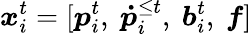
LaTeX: \boldsymbol{x}_{i}^{t}=[\boldsymbol{p}_{i}^{t},\ {\boldsymbol{\dot{p}}}_{i}^{\le t},\ \boldsymbol{b}_{i}^{t},\ \boldsymbol{f}]